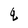
Character: q